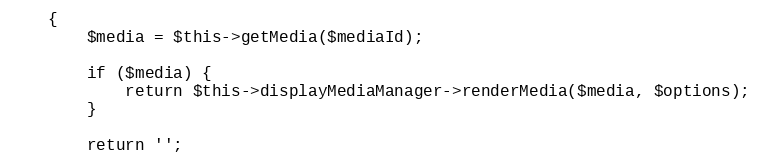
Language: PHP
    {
        $media = $this->getMedia($mediaId);

        if ($media) {
            return $this->displayMediaManager->renderMedia($media, $options);
        }

        return '';